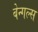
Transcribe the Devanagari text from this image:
बेन्गल्स